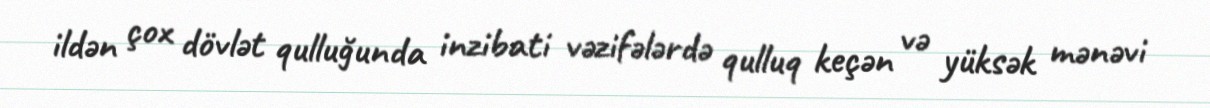
ildən çox dövlət qulluğunda inzibati vəzifələrdə qulluq keçən və yüksək mənəvi